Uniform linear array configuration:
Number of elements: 24
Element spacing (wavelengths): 0.25
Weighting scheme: hamming
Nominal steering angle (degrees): -15
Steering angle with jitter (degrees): -16.756
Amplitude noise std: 0.05
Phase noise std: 0.05

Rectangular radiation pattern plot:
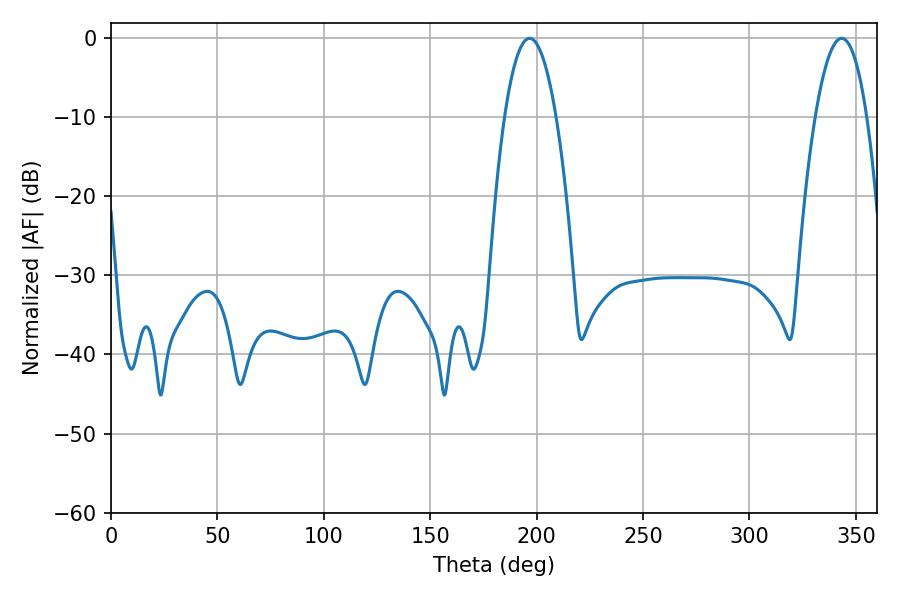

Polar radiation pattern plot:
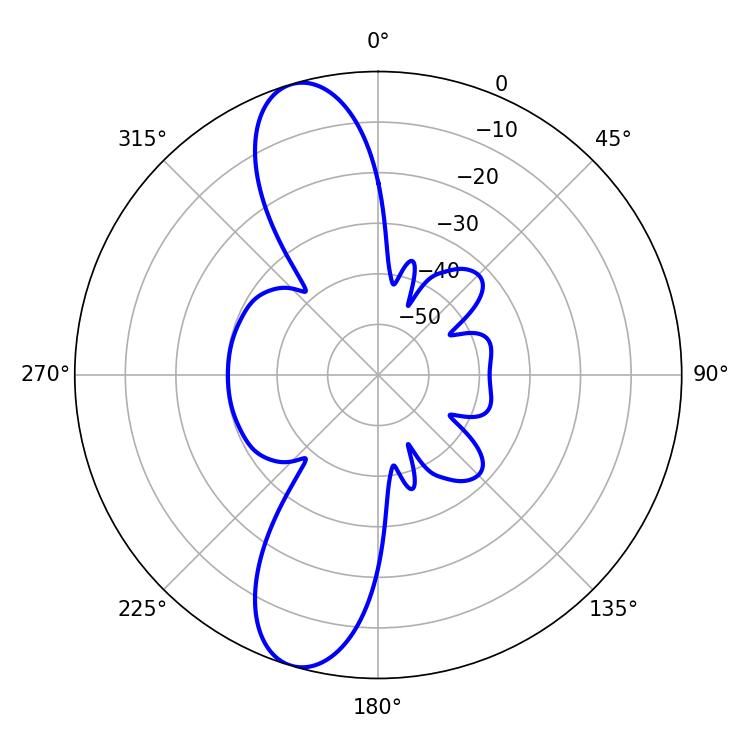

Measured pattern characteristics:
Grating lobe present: FALSE
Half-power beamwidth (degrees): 13.32
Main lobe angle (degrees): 196.74